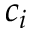
c _ { i }